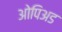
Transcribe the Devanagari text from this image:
ओपिअड